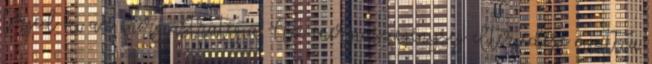
terjed ki az energiastratégia. Az energiaszegénység elterjedése miatt a